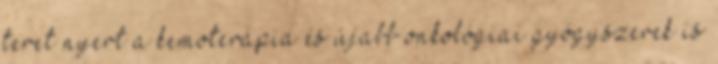
teret nyert a kemoterápia és újabb onkológiai gyógyszerek is